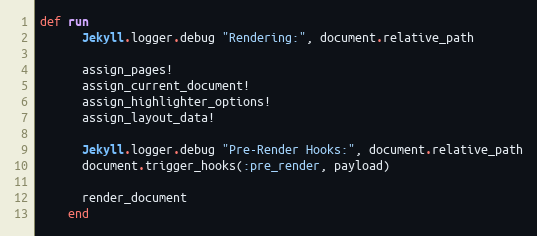
Language: Ruby
def run
      Jekyll.logger.debug "Rendering:", document.relative_path

      assign_pages!
      assign_current_document!
      assign_highlighter_options!
      assign_layout_data!

      Jekyll.logger.debug "Pre-Render Hooks:", document.relative_path
      document.trigger_hooks(:pre_render, payload)

      render_document
    end